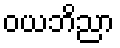
ဝယဘိညာ